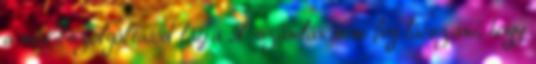
a mobilszolgáltatód látja A számlán nem fog látszani, hogy